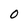
Character: 0